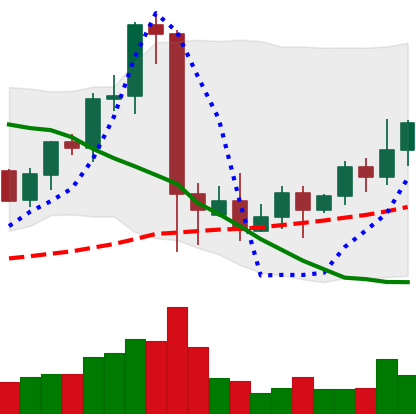
Ticker: EOS-USD
Chart end date: 2021-09-18
Forward return: -20.0%
Label: down_7plus